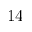
1 4